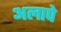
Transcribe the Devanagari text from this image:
अलापे